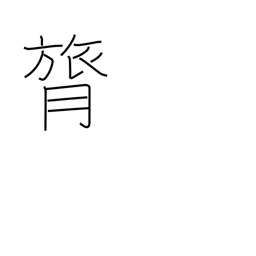
Meaning: backbone